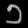
Digit: ၁